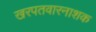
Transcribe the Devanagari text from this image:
खरपतवारनाशक